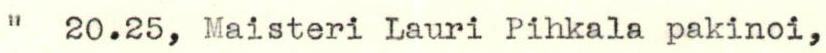
"  20.25, Maisteri Lauri Pihkala pakinoi,